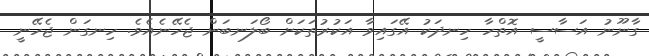
ގާނޫނު އަސާސީ އޮތްހާ ހިނދަކު އޭގައިވާ އަކުރުތަކަށް ބޯލަނބަން ޖެހޭނެއެވެ. ހިނގަން ޖެހޭނީ